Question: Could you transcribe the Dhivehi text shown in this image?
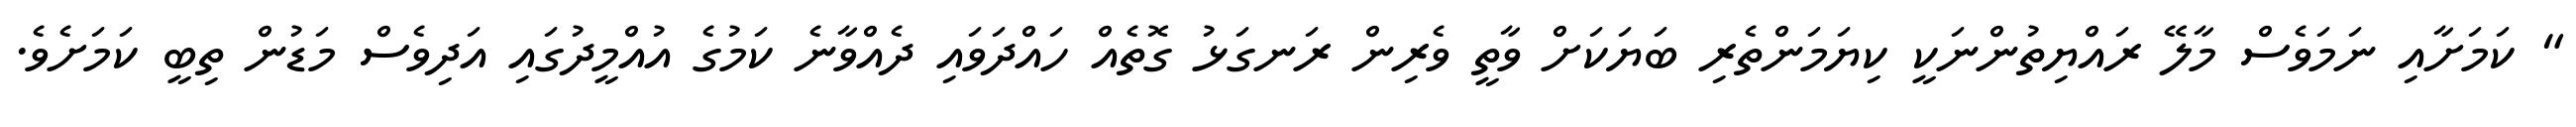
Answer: " ކަމަށާއި ނަމަވެސް މާލޭ ރައްޔިތުންނަކީ ކިޔަމަންތެރި ބަޔަކަށް ވާތީ ވެރިން ރަނގަޅު ގޮތެއް ހައްދަވައި ދެއްވާނެ ކަމުގެ އުއްމީދުގައި އަދިވެސް މަޑުން ތިބީ ކަމަށެވެ.